Juri_Uluots, lk 28
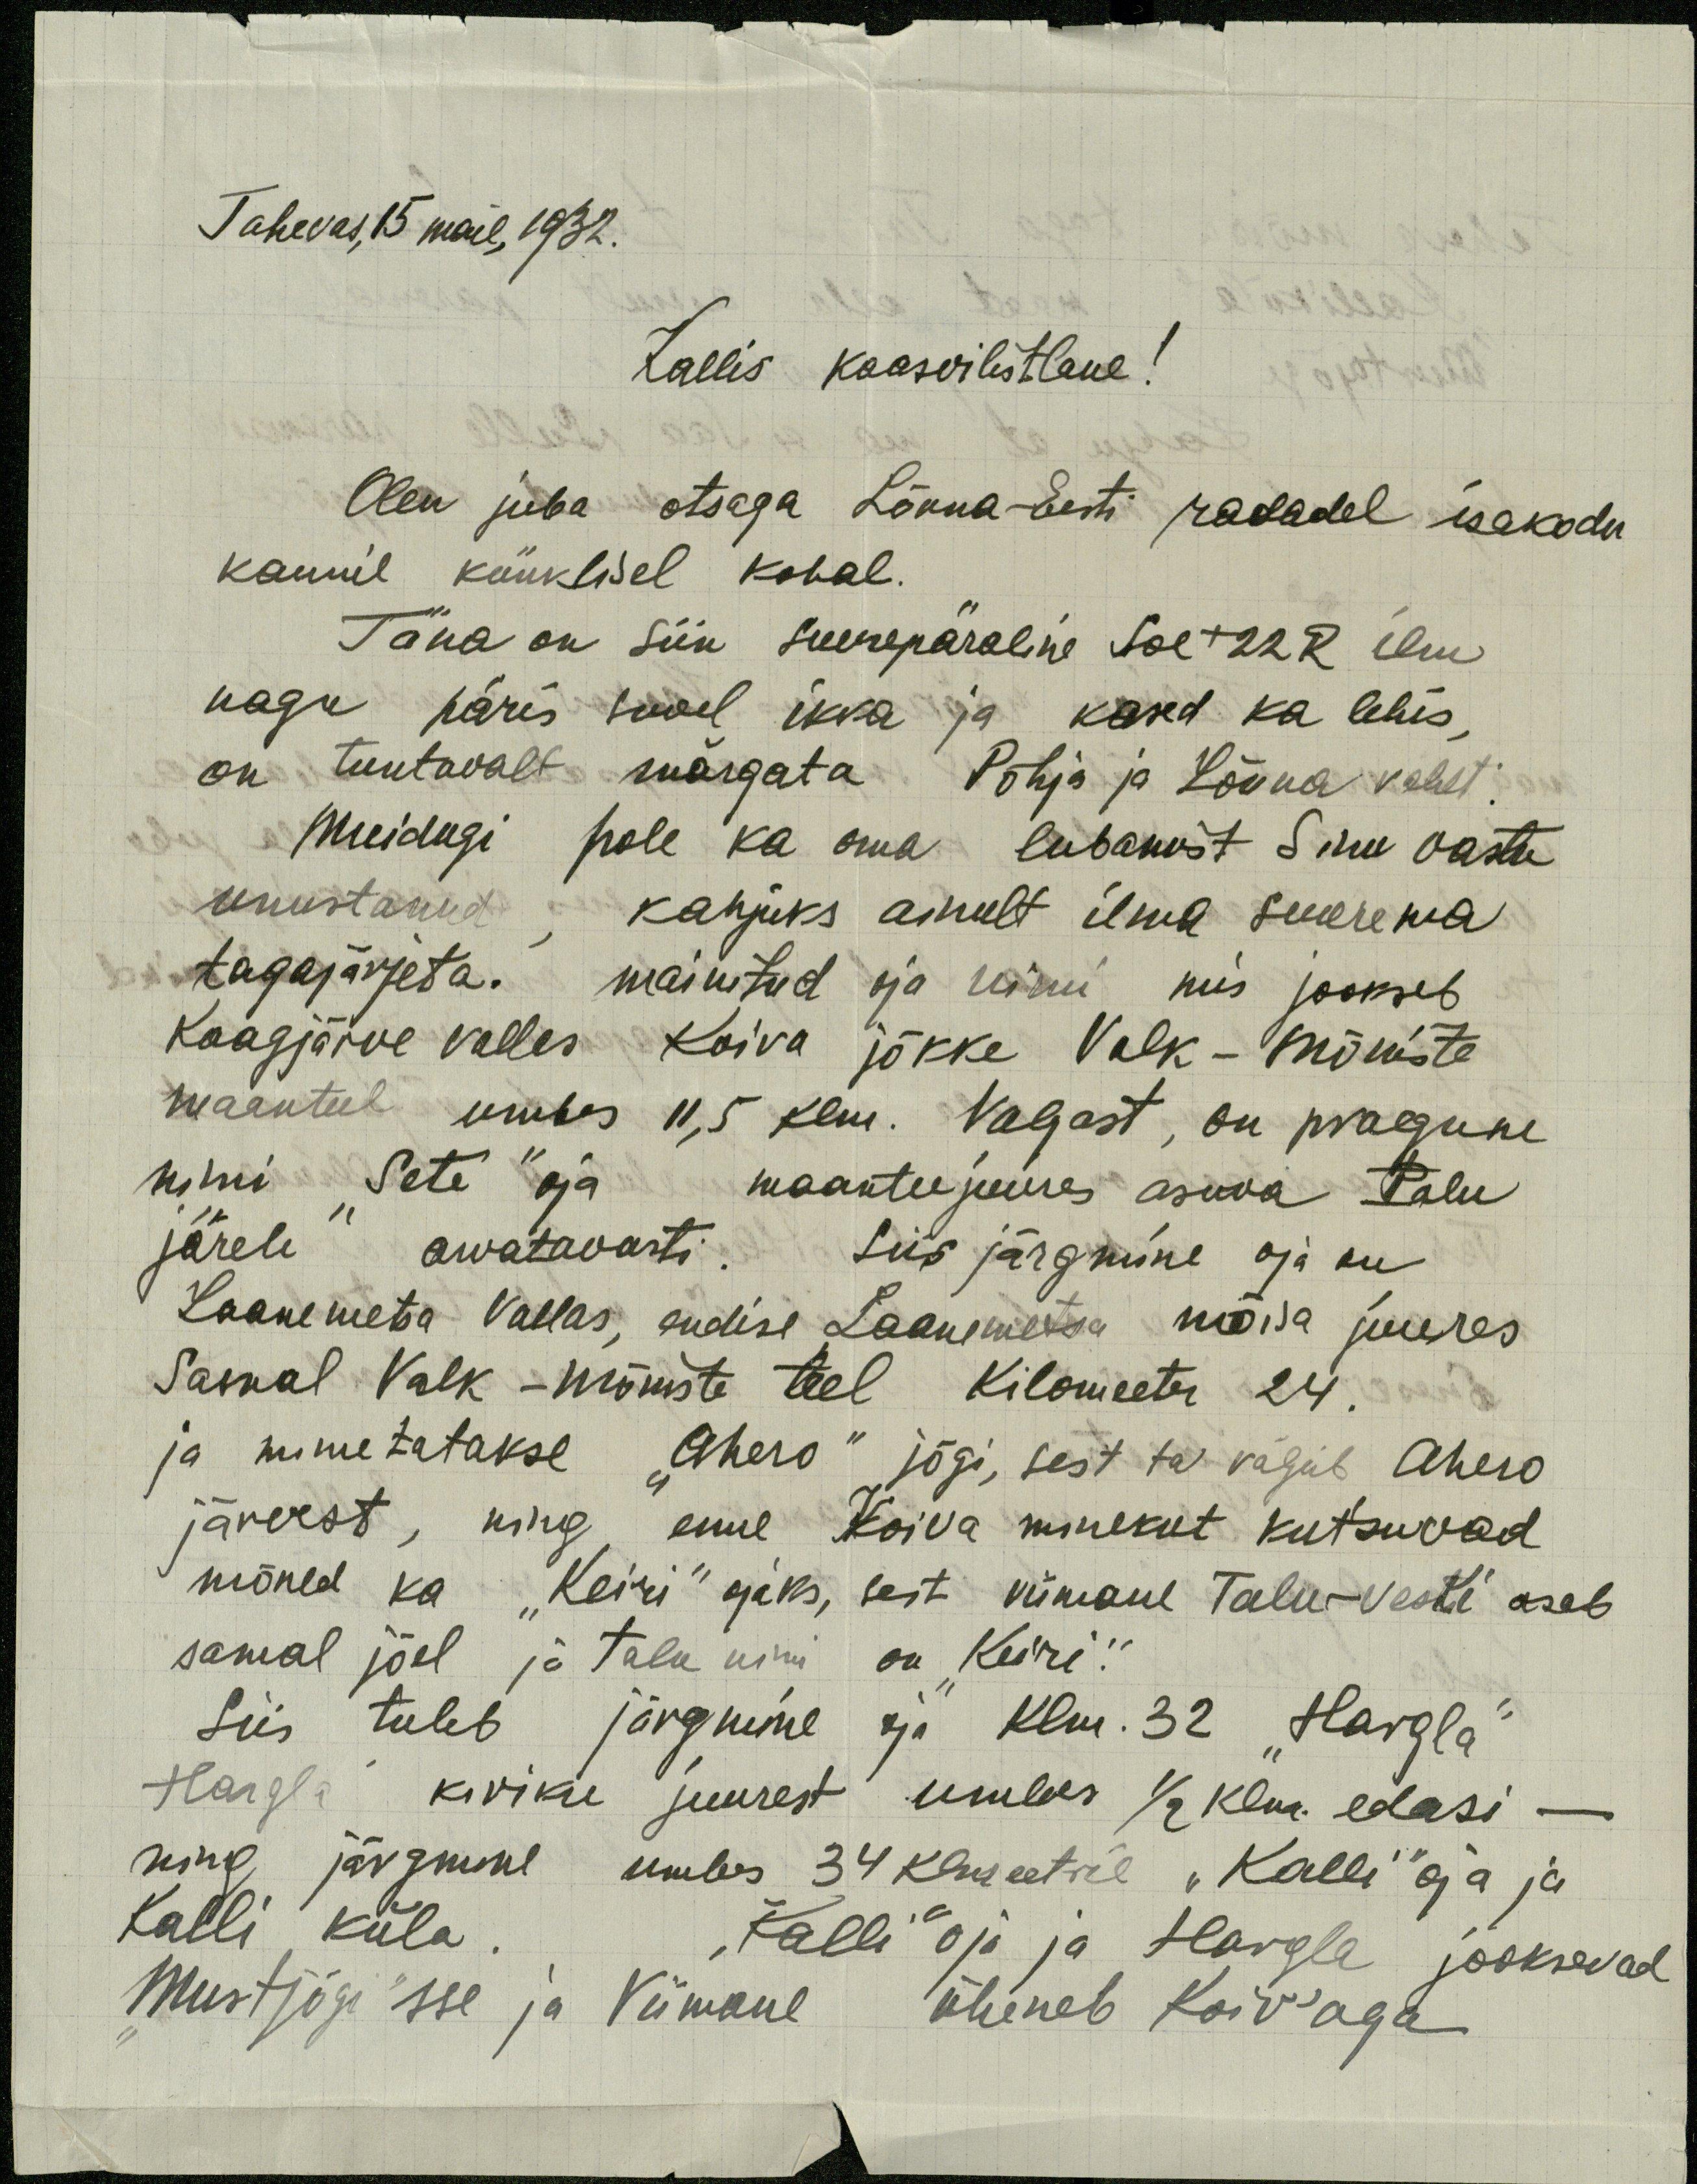
Tahevas, 15 mail, 1932.
Kallis kaasvilistlane!
Olen juba otsaga Lõuna-Eesti radadel isakodu
kaunil künklisel kohal.
Täna on siin suurepäraline soe +22R ilm
nagu päris suvel ikka ja kased ka lehis,
on tuntavalt märgata Põhja ja Lõuna vahet
Muidugi pole ka oma lubamist Sinu vastu
unustanud, kahjuks ainult ilma suurema
tagajärjeta. mainitud oja nimi mis jookseb
Kaagjärve vallas Koiva jõkke Valk - Mõniste
maanteel umbes 11,5 klm. Valgast, on praegune
nimi "Sete" oja maanteejuures asuva talu
järele arvatavasti. Siis järgmine oja on
Laanemetsa Vallas, endise Laanemetsa mõisa juures
Samal Valk - Mõniste teel kilomeeter 24.
ja nimetatakse "Ahero" jõgi, sest ta väljub Ahero
järvest, ning enne Koiva minekut kutsuvad
mõned ka "Keiri" ojaks, sest viimane Talu-Veski aseb
samal jõel ja talu nimi on "Keiri.“
Siis tuleb järgmine oja klm. 32 "Hargla"
Hargla kiriku juurest umbes 1/2 klm. edasi
ning järgmine umbes 34 klmeetril "Kalli" oja ja
Kalli küla. "Kalli" oja ja Hargla jooksevad
Mustjõgi'sse ja Viimane üheneb Koiv'aga